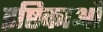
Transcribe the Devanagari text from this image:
इष्टिकाओं